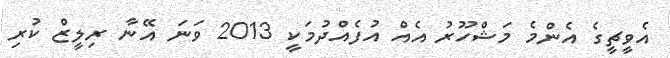
އެވީޗީގެ އެންމެ މަޝްހޫރު އެއް އުފެއްދުމަކީ 2013 ވަނަ އޭނާ ރިލީޒް ކުރި